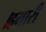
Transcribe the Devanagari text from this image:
।हमारी